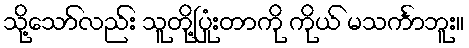
သို့သော်လည်း သူတို့ပြုံးတာကို ကိုယ် မသင်္ကာဘူး။